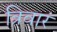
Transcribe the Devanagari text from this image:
त्रिवारं